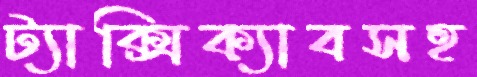
ট্যাক্সিক্যাবসহ